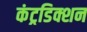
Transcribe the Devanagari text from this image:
कंट्रडिक्शन